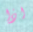
اذا